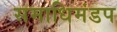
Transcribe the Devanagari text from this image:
समाधिमंडप